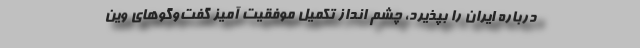
درباره ایران را بپذیرد، چشم انداز تکمیل موفقیت آمیز گفت‌وگوهای وین